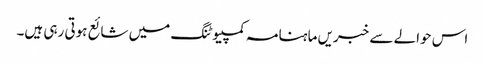
اس حوالے سے خبریں ماہنامہ کمپیوٹنگ میں شائع ہوتی رہی ہیں۔